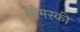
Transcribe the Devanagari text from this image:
शोमस्की